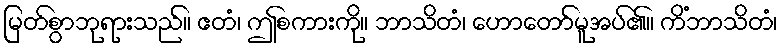
မြတ်စွာဘုရားသည်။ ဧတံ၊ ဤစကားကို။ ဘာသိတံ၊ ဟောတော်မူအပ်၏။ ကိံဘာသိတံ၊